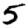
Digit: 5